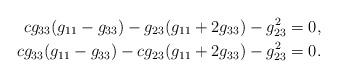
LaTeX: \begin{align*}cg_{33}(g_{11}-g_{33}) - g_{23}(g_{11}+2g_{33}) - g_{23}^2 &= 0, \\cg_{33}(g_{11}-g_{33}) - cg_{23}(g_{11}+2g_{33}) - g_{23}^2 &= 0.\end{align*}